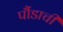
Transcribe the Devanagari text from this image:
पौंडाची